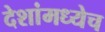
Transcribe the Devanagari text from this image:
देशांमध्येच